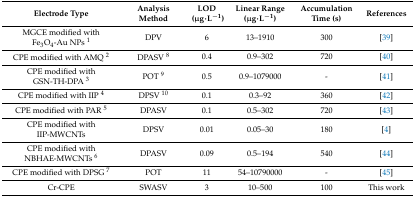
| Electrode Type | Analysis Method | LOD (μg∙L−1) | Linear Range (μg∙L−1) | Accumulation Time (s) | References |
 | --- | --- | --- | --- | --- | --- |
 | MGCE modified with Fe3O4-Au NPs 1 | DPV | 6 | 13–1910 | 300 | [39] |
 | CPE modified with AMQ 2 | DPASV 8 | 0.4 | 0.9–302 | 720 | [40] |
 | CPE modified with GSN-TH-DPA 3 | POT 9 | 0.5 | 0.9–1079000 | - | [41] |
 | CPE modified with IIP 4 | DPSV 10 | 0.1 | 0.3–92 | 360 | [42] |
 | CPE modified with PAR 5 | DPASV | 0.1 | 0.5–302 | 720 | [43] |
 | CPE modified with IIP-MWCNTs | DPSV | 0.01 | 0.05–30 | 180 | [4] |
 | CPE modified with NBHAE-MWCNTs 6 | DPASV | 0.09 | 0.5–194 | 540 | [44] |
 | CPE modified with DPSG 7 | POT | 11 | 54–10790000 | - | [45] |
 | Cr-CPE | SWASV | 3 | 10–500 | 100 | This work |